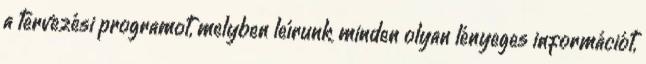
a tervezési programot, melyben leírunk minden olyan lényeges információt,